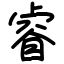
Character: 睿